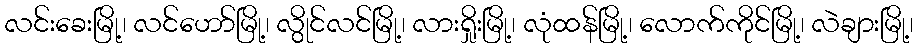
လင်းခေးမြို့၊ လင်ဟော်မြို့၊ လွိုင်လင်မြို့၊ လားရှိုးမြို့၊ လုံထန်မြို့၊ လောက်ကိုင်မြို့၊ လဲချားမြို့၊